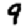
Digit: 9